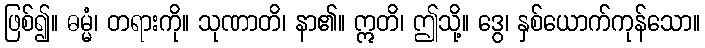
ဖြစ်၍။ ဓမ္မံ၊ တရားကို။ သုဏာတိ၊ နာ၏။ ဣတိ၊ ဤသို့။ ဒွေ၊ နှစ်ယောက်ကုန်သော။